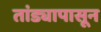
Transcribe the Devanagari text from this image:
तांड्यापासून